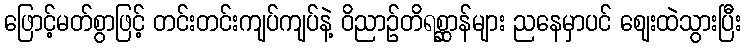
ဖြောင့်မတ်စွာဖြင့် တင်းတင်းကျပ်ကျပ်နဲ့ ဝိညာဉ်တိရစ္ဆာန်များ ညနေမှာပင် ဈေးထဲသွားပြီး